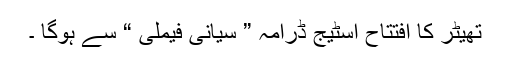
تھیٹر کا افتتاح اسٹیج ڈرامہ ” سیانی فیملی “ سے ہوگا ۔